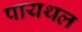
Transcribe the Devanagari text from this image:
पायथल